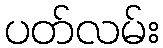
ပတ်လမ်း